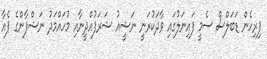
ފިރިހެން ޑަބަލްސް ސެމީ ފައިނަލުގައި ވާދަކުރަނީ ނަޝީއު ޝަރަފުއްދީނާއި މުހައްމަދު ނަޝްފާންގެ ޕެއާ